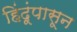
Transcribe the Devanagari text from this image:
हिंदूंपासून